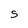
Character: S